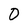
Character: O